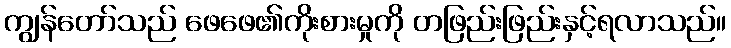
ကျွန်တော်သည် ဖေဖေ၏ကိုးစားမှုကို တဖြည်းဖြည်းနှင့်ရလာသည်။